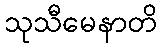
သုသီမေနာတိ